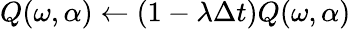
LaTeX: Q(\omega,\alpha)\gets(1-\lambda\Delta t)Q(\omega,\alpha)